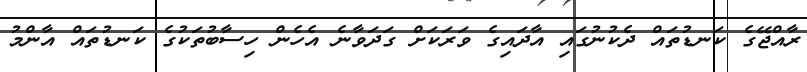
ރާއްޖޭގެ ކަނޑުތައް ދެކުނުގައި އާދައިގެ ވަރަކަށް ގަދަވާނެ އެހެން ހިސާބުތަކުގެ ކަނޑުތައް އާންމު